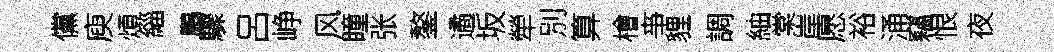
儻庾煩緇鵬驟呂峥风瞳张鏊遹坂犖別算檜亊貍調紬棠岸愿裕涌竊恨夜